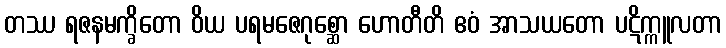
တဿ ရဇနမက္ခိတော ဝိယ ပရမဇေဂုစ္ဆော ဟောတီတိ ဧဝံ အာသယတော ပဋိက္ကူလတာ